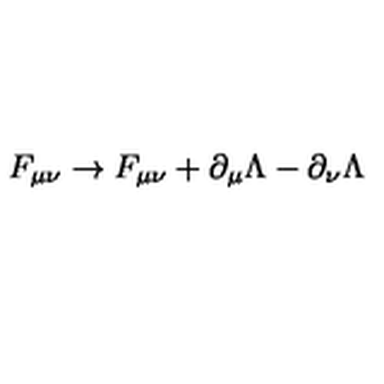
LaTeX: F _ { \mu \nu } \rightarrow F _ { \mu \nu } + \partial _ { \mu } \Lambda - \partial _ { \nu } \Lambda \quad